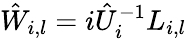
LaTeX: \hat{W}_{i,l}=i\hat{U}_{i}^{-1}L_{i,l}